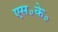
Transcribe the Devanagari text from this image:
एस॰के॰